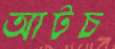
আটচ